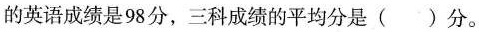
的英语成绩是98分，三科成绩的平均分是（）分。